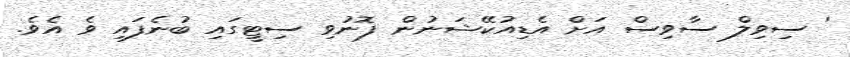
' ސިވިލް ސާވިސް އަށް އެޑިއުކޭޝަނުން ފޮނުވި ސިޓީގައި ބުނެފައި ވެ އެވެ.